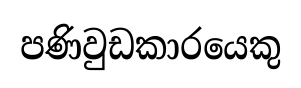
පණිවුඩකාරයෙකු